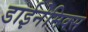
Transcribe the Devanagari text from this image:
डाईनेमिक्स